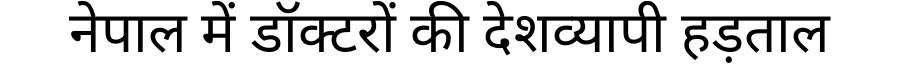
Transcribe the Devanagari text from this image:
नेपाल में डॉक्टरों की देशव्यापी हड़ताल